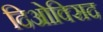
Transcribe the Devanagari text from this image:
दिओक्सिद